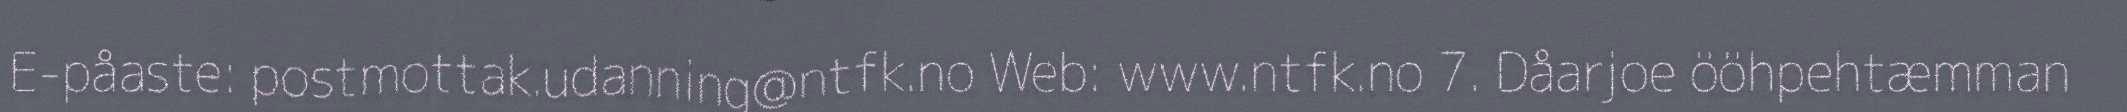
E-påaste: postmottak.udanning@ntfk.no Web: www.ntfk.no 7. Dåarjoe ööhpehtæmman